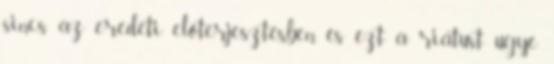
sincs az eredeti előterjesztésben, és ezt a riátust ugye